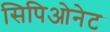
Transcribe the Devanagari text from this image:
सिपिओनेट